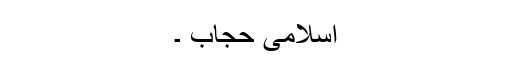
اسلامی حجاب ۔